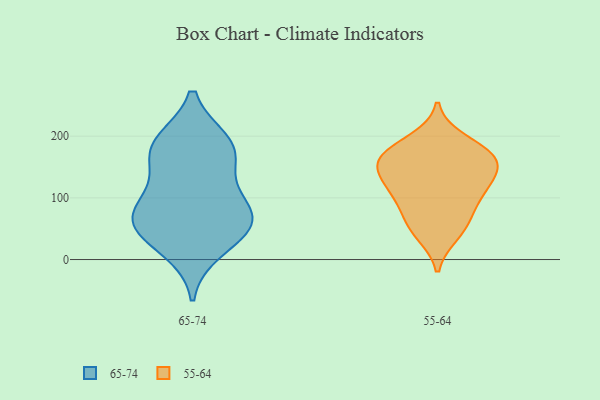
{"axis": {"x": "Churn Rate (%)", "y": "Value"}, "legend": ["55-64", "65-74"], "data": [{"x": "", "y": 190, "type": "65-74"}, {"x": "", "y": 63, "type": "65-74"}, {"x": "", "y": 107, "type": "65-74"}, {"x": "", "y": 158, "type": "65-74"}, {"x": "", "y": 46, "type": "65-74"}, {"x": "", "y": 60, "type": "65-74"}, {"x": "", "y": 16, "type": "65-74"}, {"x": "", "y": 85, "type": "65-74"}, {"x": "", "y": 179, "type": "65-74"}, {"x": "", "y": 186, "type": "65-74"}, {"x": "", "y": 64, "type": "65-74"}, {"x": "", "y": 113, "type": "55-64"}, {"x": "", "y": 50, "type": "55-64"}, {"x": "", "y": 89, "type": "55-64"}, {"x": "", "y": 177, "type": "55-64"}, {"x": "", "y": 133, "type": "55-64"}, {"x": "", "y": 166, "type": "55-64"}, {"x": "", "y": 131, "type": "55-64"}, {"x": "", "y": 194, "type": "55-64"}, {"x": "", "y": 162, "type": "55-64"}, {"x": "", "y": 41, "type": "55-64"}, {"x": "", "y": 158, "type": "55-64"}, {"x": "", "y": 112, "type": "55-64"}, {"x": "", "y": 163, "type": "55-64"}, {"x": "", "y": 71, "type": "55-64"}]}